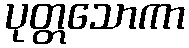
ပုတ္တသောကာ